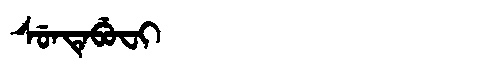
Manchu: ᠰᡠᠨᡨᡝᠪᡠᠸᡳ
Romanization: SUNTEBUFI